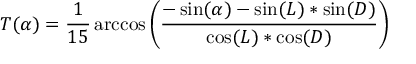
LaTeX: T ( \alpha ) = { \frac { 1 } { 1 5 } } \operatorname { a r c c o s } \left( { \frac { - \sin ( \alpha ) - \sin ( L ) * \sin ( D ) } { \cos ( L ) * \cos ( D ) } } \right)